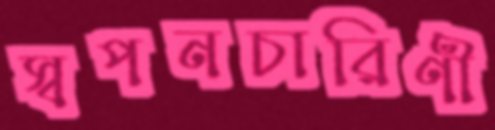
স্বপনচারিণী